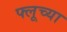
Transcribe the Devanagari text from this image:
फ्लूच्या